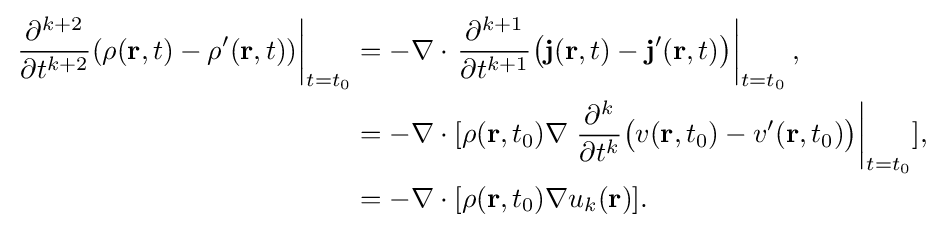
{\begin{aligned}\left.{\frac {\partial ^{k+2}}{\partial t^{k+2}}}(\rho (\mathbf {r} ,t)-\rho '(\mathbf {r} ,t))\right|_{t=t_{0}}&=-\nabla \cdot \left.{\frac {\partial ^{k+1}}{\partial t^{k+1}}}{\big (}\mathbf {j} (\mathbf {r} ,t)-\mathbf {j} '(\mathbf {r} ,t){\big )}\right|_{t=t_{0}},\\&=-\nabla \cdot [\rho (\mathbf {r} ,t_{0})\nabla \left.{\frac {\partial ^{k}}{\partial t^{k}}}{\big (}v(\mathbf {r} ,t_{0})-v'(\mathbf {r} ,t_{0}){\big )}\right|_{t=t_{0}}],\\&=-\nabla \cdot [\rho (\mathbf {r} ,t_{0})\nabla u_{k}(\mathbf {r} )].\end{aligned}}